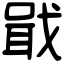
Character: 戢